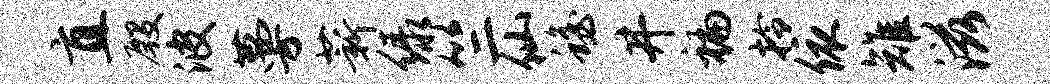
直殷波蔓薪绿竺仙蟾井褊拎依雉滋